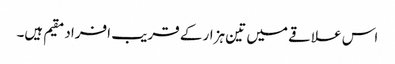
اس علاقے میں تین ہزار کے قریب افراد مقیم ہیں۔